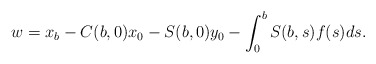
\begin{gather*}w=x_b-C(b,0)x_0-S(b,0)y_0-\int_0^b S(b,s)f(s)ds.\end{gather*}